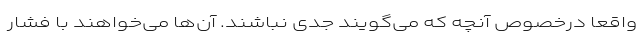
واقعا درخصوص آنچه که می‌گویند جدی نباشند. آن‌ها می‌خواهند با فشار